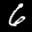
Label: 6